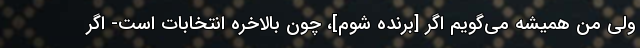
ولی من همیشه می‌گویم اگر [برنده شوم]، چون بالاخره انتخابات است- اگر